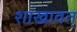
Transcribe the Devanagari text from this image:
शाखावत्